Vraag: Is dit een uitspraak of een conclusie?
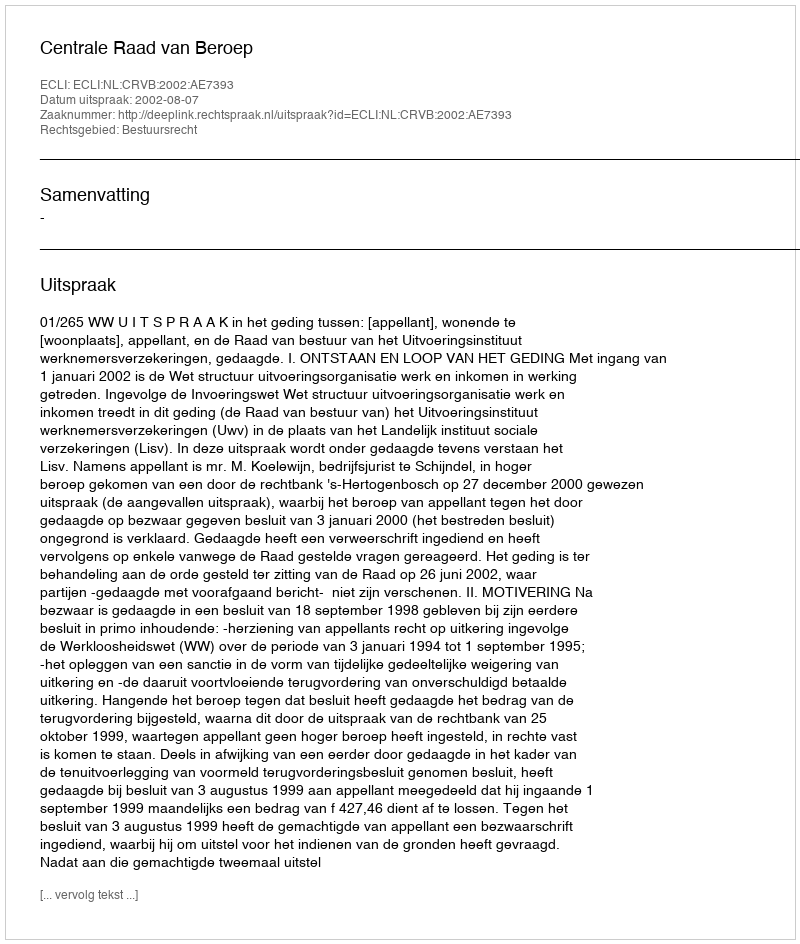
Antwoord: Uitspraak